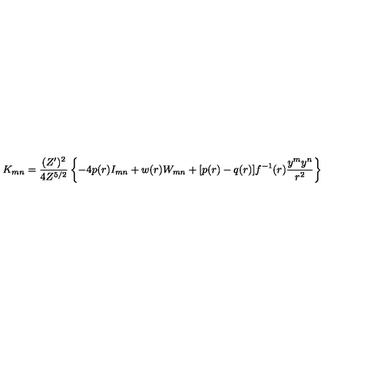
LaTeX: K _ { m n } = \frac { ( Z ^ { \prime } ) ^ { 2 } } { 4 Z ^ { 5 / 2 } } \left\{ - 4 p ( r ) I _ { m n } + w ( r ) W _ { m n } + [ p ( r ) - q ( r ) ] f ^ { - 1 } ( r ) \frac { y ^ { m } y ^ { n } } { r ^ { 2 } } \right\}